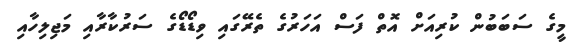
މީގެ ސަބަބުން ކުރިއަށް އޮތް ފަސް އަހަރުގެ ތެރޭގައި ވިޑޯޑޯގެ ސަރުކާރާއި މަޖިލިހާއި